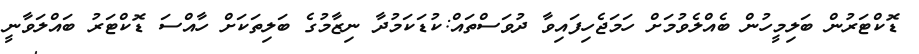
ޑޮކްޓަރުން ބަލިމީހުން ބެއްލެވުމަށް ހަމަޖެހިފައިވާ ދުވަސްތައް:ކުޑަކަމުދާ ނިޒާމުގެ ބަލިތަކަށް ހާއްސަ ޑޮކްޓަރު ބައްލަވާނީ